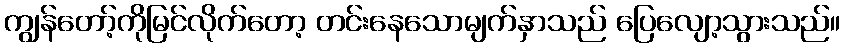
ကျွန်တော့်ကိုမြင်လိုက်တော့ တင်းနေသောမျက်နှာသည် ပြေလျော့သွားသည်။